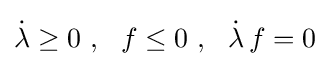
{\dot {\lambda }}\geq 0~,~~f\leq 0~,~~{\dot {\lambda }}\,f=0